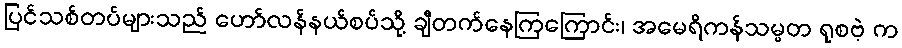
ပြင်သစ်တပ်များသည် ဟော်လန်နယ်စပ်သို့ ချီတက်နေကြကြောင်း၊ အမေရိကန်သမ္မတ ရုစဗဲ့ က